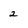
Character: 2